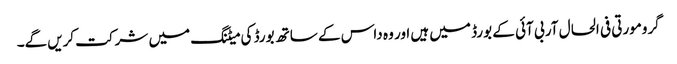
گرومورتی فی الحال آر بی آئی کے بورڈ میں ہیں اور وہ داس کے ساتھ بورڈ کی میٹنگ میں شرکت کریں‌گے۔